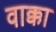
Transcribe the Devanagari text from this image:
वाक्का